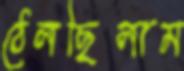
ঠেলছিলাম